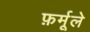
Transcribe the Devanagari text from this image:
फ़र्मूले